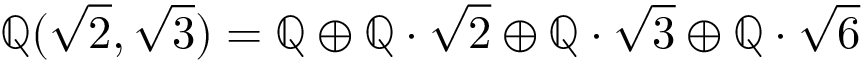
\mathbb { Q } ( { \sqrt { 2 } } , { \sqrt { 3 } } ) = \mathbb { Q } \oplus \mathbb { Q } \cdot { \sqrt { 2 } } \oplus \mathbb { Q } \cdot { \sqrt { 3 } } \oplus \mathbb { Q } \cdot { \sqrt { 6 } }